Annual statistical returns and brief notes on vaccination in Bengal - 1896-1909
Year: 1896
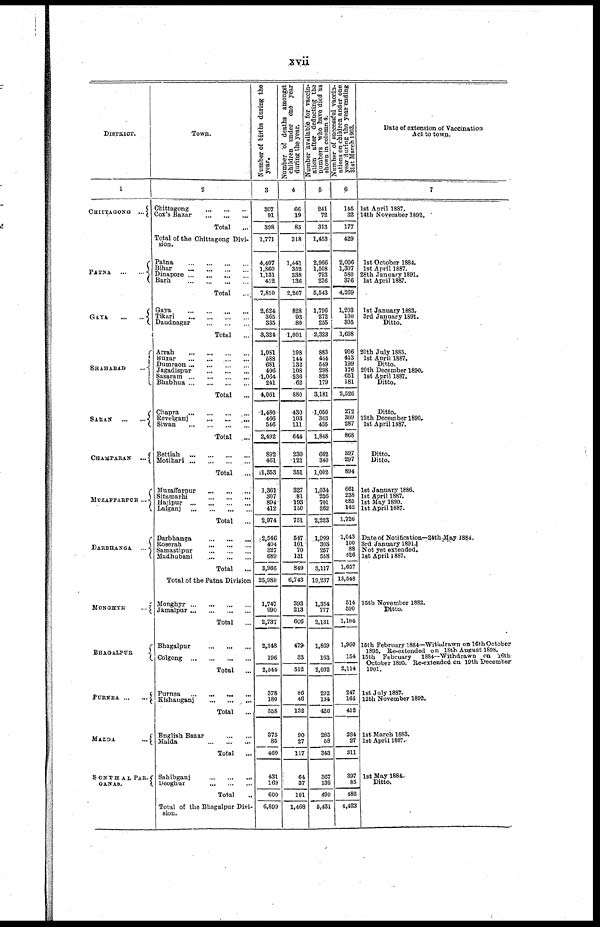
xvii
DISTRICT.
1
CHITTAGONG
...
PATNA
...
...
GAYA
...
...
SHAHABAD
...
SARAN
...
...
CHAMPARAN ...
MUZAFFARPUR ...
DARBHANGA
...
MONGHYR
...
BHAGALPUR
PURNEA
...
...
MADDA
...
SONTHAL PAR-
GANAS.
Town.
2
Chittagong
...
...
...
Cox's Bazar
...
...
...
Total
...
Total of the Chittagong Divi-
sion.
Patna ... ... ... ...
Bihar ... ... ... ...
Dinapore ... ... ... ...
Barh
...
...
...
...
Total
...
Gaya
...
...
...
...
Tikari
...
...
...
...
Daudnagar
...
...
...
Total ...
Arrah
...
...
...
...
Buxar
...
...
...
...
Dumraon ... ... ... ...
Jagadispur
...
...
...
Sasaram
...
...
...
...
Bhabhua
...
...
...
...
Total
...
Chapra
...
...
...
...
Revelganj ... ... ... ...
Siwan ... ... ... ...
Total
...
Bettiah
...
...
...
...
Motihari
...
...
...
...
Total
...
Muzaffarpur
...
...
...
Sitamarhi
...
...
...
Hajipur
...
...
...
...
Lalganj
...
...
...
...
Total
...
Darbhanga
...
...
...
Roserah
...
...
...
Samastipur
...
...
...
Madhubani
...
...
...
Total
...
Total of the Patna Division
Monghyr
...
...
...
...
Jamalpur
...
...
...
...
Total
...
Bhagalpur
...
...
...
Colgong
...
...
...
...
Total
...
Purnea
...
...
...
...
Kishanganj
...
...
...
Total ...
English Bazar
...
...
Malda
...
...
...
Total
...
Sahibganj
...
...
...
Deoghur
...
...
...
Total ...
Total of the Bhagalpur Divi-
sion.
Number of births during the
year.
3
307
91
398
1,771
4,407
1,860
1,131
412
7,810
2,624
365
335
3,324
1,081
588
681
406
1,064
241
4,061
1,480
466
546
2,492
892
461
1,353
1,361
307
894
412
2,974
2,546
404
327
689
3,966
25,980
1,747
990
2,737
2,348
196
2,544
378
180
558
375
85
460
431
169
600
6,899
Number of deaths amongst
children under one year
during the year.
4
66
19
85
318
1,441
352
338
136
2,267
828
93
80
1,001
198
144
132
108
236
62
880
430
103
111
644
230
121
351
327
81
193
150
751
547
101
70
131
849
6,743
393
213
606
479
33
512
86
46
132
90
27
117
64
37
101
1,468
Number available for vaccin-
ation after deducting the
numbers who have died as
shown in column 4.
5
241
72
313
1,453
2,966
1,508
793
276
5,543
1,796
272
255
2,323
883
444
549
298
828
179
3,181
1,050
363
435
1,848
662
340
1,002
1,034
226
701
262
2,223
1,999
303
257
558
3,117
19,237
1,354
777
2,131
1,869
163
2,032
292
134
426
285
58
343
367
132
499
5,431
Number of successful vaccin-
ations on children under one
year during the year ending
31st March 1903.
6
145
32
177
429
2,006
1,307
580
376
4,269
1,203
100
305
1,608
906
413
199
176
651
181
2,526
272
309
287
868
597
297
894
661
238
685
142
1,726
1,043
100
88
426
1,657
13,548
514
590
1,104
1,960
154
2,114
247
165
412
284
27
311
397
85
482
4,423
Date of extension of Vaccination
Act to town.
7
1st April 1887.
14th November 1892.
1st October 1884.
1st April 1887.
28th January 1891.
1st April 1887.
1st January 1883.
3rd January 1891.
Ditto.
20th July 1885.
1st April 1887.
Ditto.
20th December 1890.
1st April 1887.
Ditto.
Ditto.
12th December 1890.
1st April 1887.
Ditto.
Ditto.
1st January 1886.
1st April 1887.
1st May 1890.
1st April 1887.
Date of Notification— 24th May 1884.
3rd January 1891.
Not yet extended.
1st April 1887.
15th November 1882.
Ditto.
15th February 1884—Withdrawn on 16th October
1895. Re-extended on 18th August 1898.
15th February 1884—Withdrawn on 16th
October 1895. Re-extended on 19 th December
1901.
1st July 1887.
12th November 1892.
1st March 1883.
1st April 1887.
1st May 1884..
Ditto.